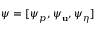
\psi = [ \psi _ { p } , \psi _ { { \bf u } } , \psi _ { \eta } ]